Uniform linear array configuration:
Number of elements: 12
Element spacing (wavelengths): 1
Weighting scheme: cosine
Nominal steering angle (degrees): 45
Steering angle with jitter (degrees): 46.695
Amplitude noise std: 0.05
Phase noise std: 0.05

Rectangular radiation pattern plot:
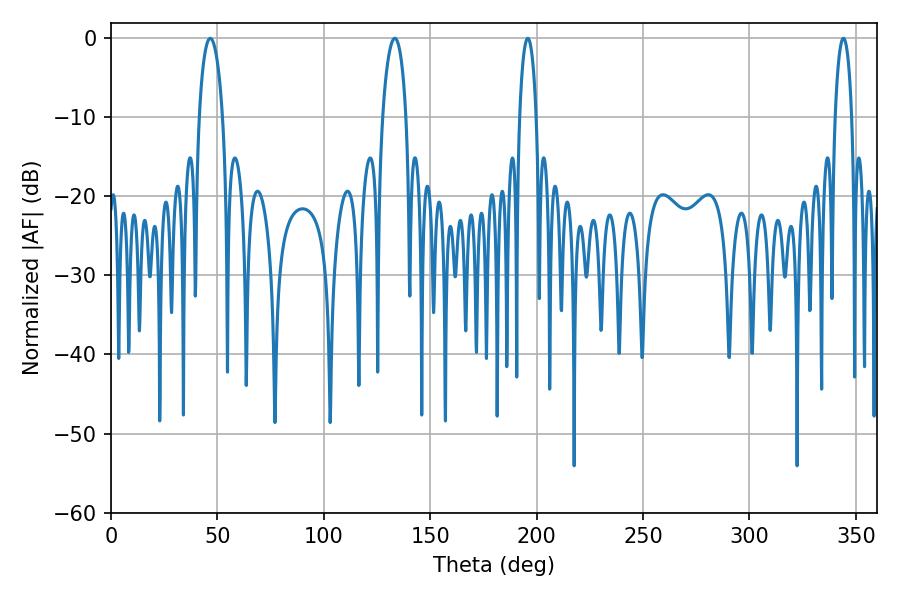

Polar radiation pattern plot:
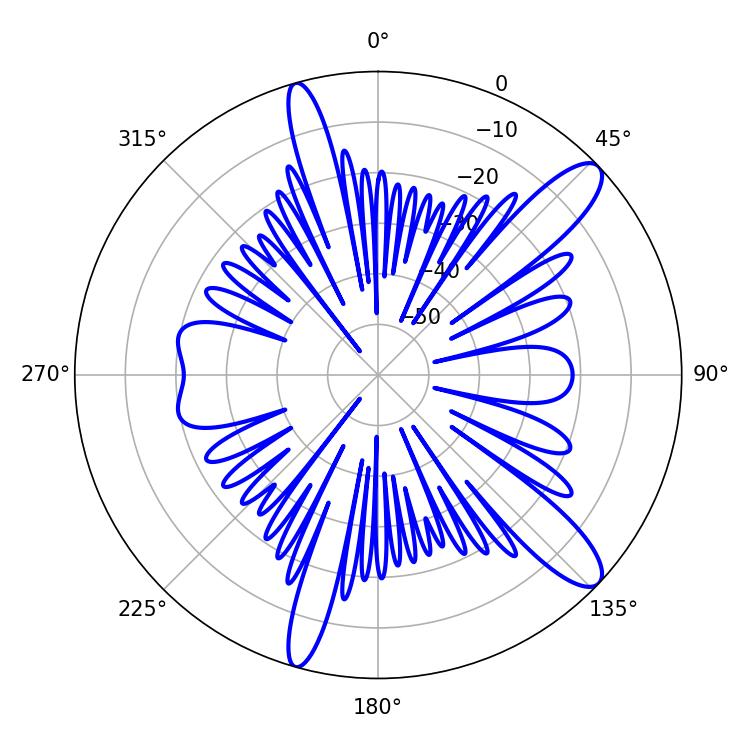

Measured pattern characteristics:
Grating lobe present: TRUE
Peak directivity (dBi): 12.051
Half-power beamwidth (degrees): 4.32
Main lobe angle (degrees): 195.84